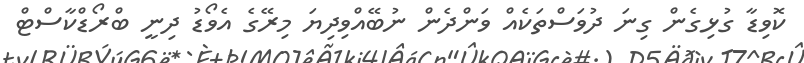
ކޮވިޑާ ގުޅިގެން ގިނަ ދުވަސްތަކެއް ވަންދެން ނުބޭއްވިދިޔަ މިރޭގެ އެވޯޑު ދިނީ ބްރޯޑްކާސްޓް